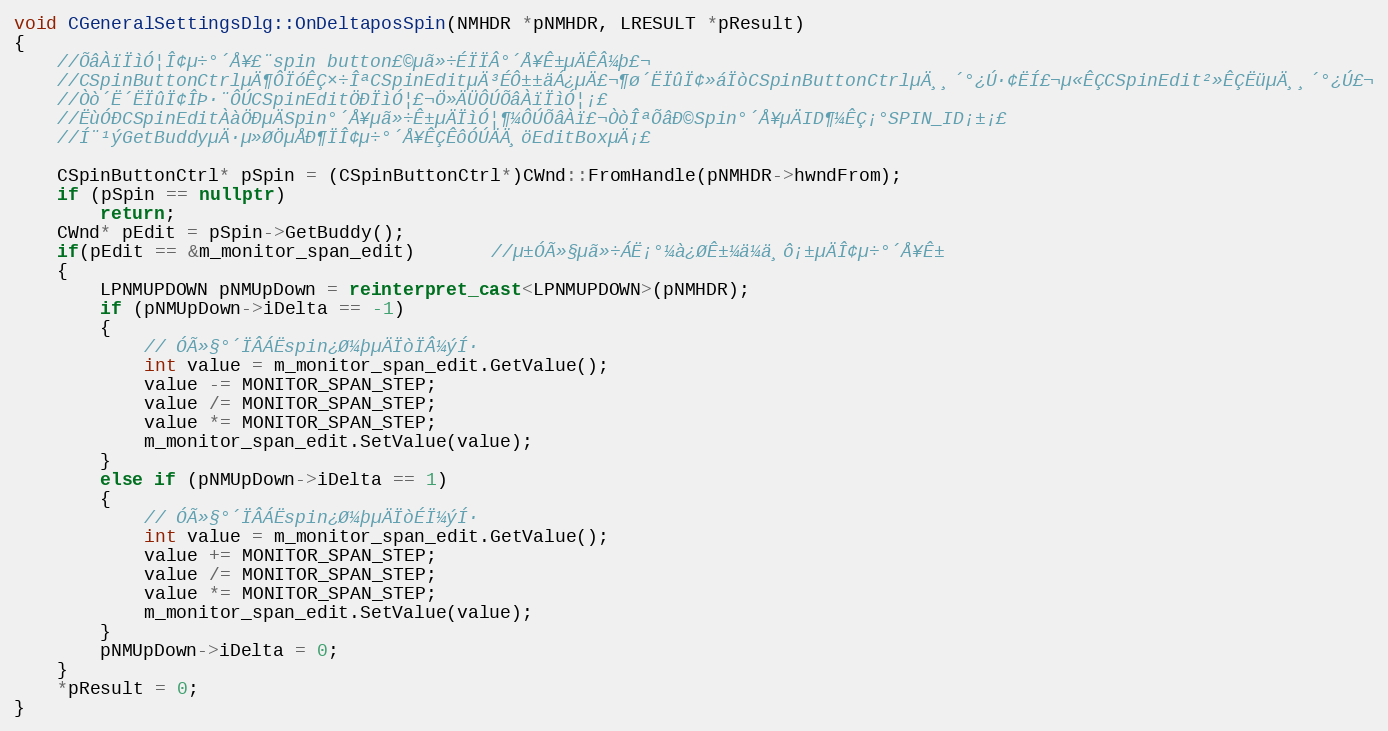
Language: C++
void CGeneralSettingsDlg::OnDeltaposSpin(NMHDR *pNMHDR, LRESULT *pResult)
{
    //ÕâÀïÏìÓ¦Î¢µ÷°´Å¥£¨spin button£©µã»÷ÉÏÏÂ°´Å¥Ê±µÄÊÂ¼þ£¬
    //CSpinButtonCtrlµÄ¶ÔÏóÊÇ×÷ÎªCSpinEditµÄ³ÉÔ±±äÁ¿µÄ£¬¶ø´ËÏûÏ¢»áÏòCSpinButtonCtrlµÄ¸¸´°¿Ú·¢ËÍ£¬µ«ÊÇCSpinEdit²»ÊÇËüµÄ¸¸´°¿Ú£¬
    //Òò´Ë´ËÏûÏ¢ÎÞ·¨ÔÚCSpinEditÖÐÏìÓ¦£¬Ö»ÄÜÔÚÕâÀïÏìÓ¦¡£
    //ËùÓÐCSpinEditÀàÖÐµÄSpin°´Å¥µã»÷Ê±µÄÏìÓ¦¶¼ÔÚÕâÀï£¬ÒòÎªÕâÐ©Spin°´Å¥µÄID¶¼ÊÇ¡°SPIN_ID¡±¡£
    //Í¨¹ýGetBuddyµÄ·µ»ØÖµÅÐ¶ÏÎ¢µ÷°´Å¥ÊÇÊôÓÚÄÄ¸öEditBoxµÄ¡£

    CSpinButtonCtrl* pSpin = (CSpinButtonCtrl*)CWnd::FromHandle(pNMHDR->hwndFrom);
    if (pSpin == nullptr)
        return;
    CWnd* pEdit = pSpin->GetBuddy();
    if(pEdit == &m_monitor_span_edit)       //µ±ÓÃ»§µã»÷ÁË¡°¼à¿ØÊ±¼ä¼ä¸ô¡±µÄÎ¢µ÷°´Å¥Ê±
    {
        LPNMUPDOWN pNMUpDown = reinterpret_cast<LPNMUPDOWN>(pNMHDR);
        if (pNMUpDown->iDelta == -1)
        {
            // ÓÃ»§°´ÏÂÁËspin¿Ø¼þµÄÏòÏÂ¼ýÍ·
            int value = m_monitor_span_edit.GetValue();
            value -= MONITOR_SPAN_STEP;
            value /= MONITOR_SPAN_STEP;
            value *= MONITOR_SPAN_STEP;
            m_monitor_span_edit.SetValue(value);
        }
        else if (pNMUpDown->iDelta == 1)
        {
            // ÓÃ»§°´ÏÂÁËspin¿Ø¼þµÄÏòÉÏ¼ýÍ·
            int value = m_monitor_span_edit.GetValue();
            value += MONITOR_SPAN_STEP;
            value /= MONITOR_SPAN_STEP;
            value *= MONITOR_SPAN_STEP;
            m_monitor_span_edit.SetValue(value);
        }
        pNMUpDown->iDelta = 0;
    }
    *pResult = 0;
}